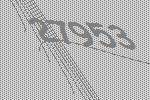
27953